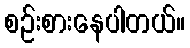
စဉ်းစားနေပါတယ်။